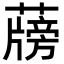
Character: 𦾭